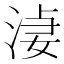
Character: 𣷑